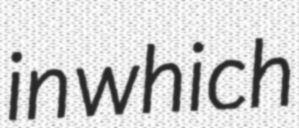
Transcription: in which